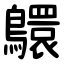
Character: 䴋